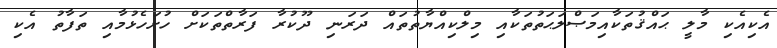
އެކިއެކި މާލީ ޙައްޤުތަކާއިމަޞްލަޙަތުތަކާއި މިލްކިއްޔާތުތައް ދަރަނި ދޫކުރާ ފަރާތްތަކަށް ހުށަހެޅުމާއި ތަފާތު އެކި